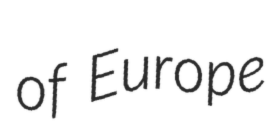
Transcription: of Europe